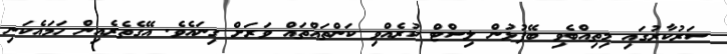
ސަރުކާރުގައި މިތިއްބެވި ބޭފުޅުން ލިސްޓް ކުރެއްވި ކަންތައްތައް ވަރަށް ގިނައެވެ. އޭގެތެރެއިން ހަމައެކަނި